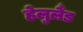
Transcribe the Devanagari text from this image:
हेलुलैंड